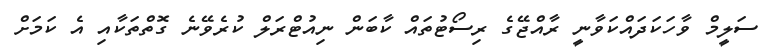
ސަލީމް ވާހަކަދައްކަވާނީ ރާއްޖޭގެ ރިސޯޓުތައް ކާބަން ނިއުޓްރަލް ކުރެވޭނެ ގޮތްތަކާއި އެ ކަމަށް